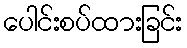
ပေါင်းစပ်ထားခြင်း